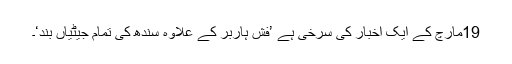
19مارچ کے ایک اخبار کی سرخی ہے ’فش ہاربر کے علاوہ سندھ کی تمام جیٹیاں بند‘۔